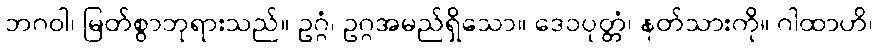
ဘဂဝါ၊ မြတ်စွာဘုရားသည်။ ဥဂ္ဂံ၊ ဥဂ္ဂအမည်ရှိသော။ ဒေဝပုတ္တံ၊ နတ်သားကို။ ဂါထာဟိ၊